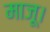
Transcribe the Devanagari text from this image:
माजू।